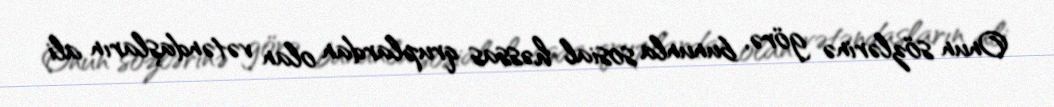
Onun sözlərinə görə, bununla sosial həssas qruplardan olan vətəndaşların ali